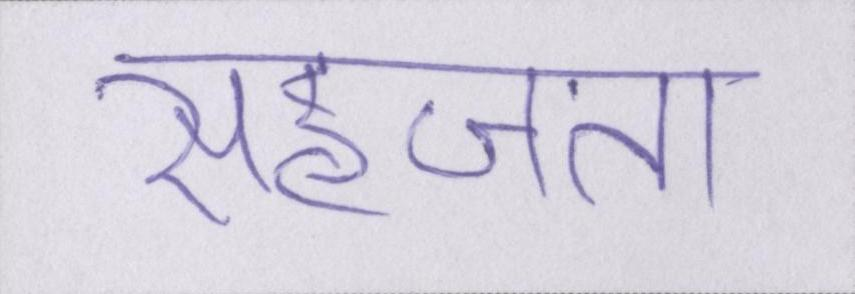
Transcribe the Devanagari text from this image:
सहजता